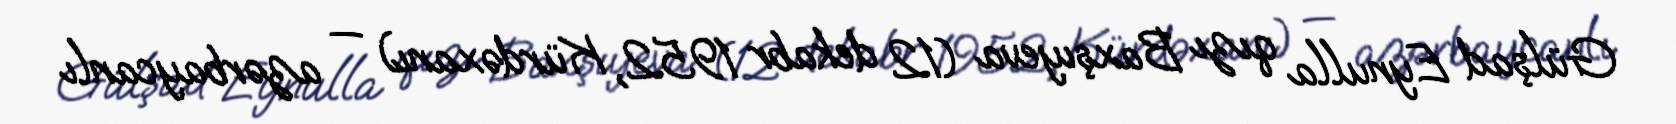
Gülşad Eynulla qızı Baxşıyeva (12 dekabr 1952, Kürdəxanı) — azərbaycanlı